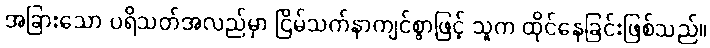
အခြားသော ပရိသတ်အလည်မှာ ငြိမ်သက်နာကျင်စွာဖြင့် သူက ထိုင်နေခြင်းဖြစ်သည်။